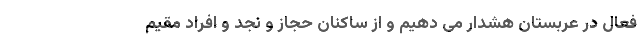
فعال در عربستان هشدار می دهیم و از ساکنان حجاز و نجد و افراد مقیم